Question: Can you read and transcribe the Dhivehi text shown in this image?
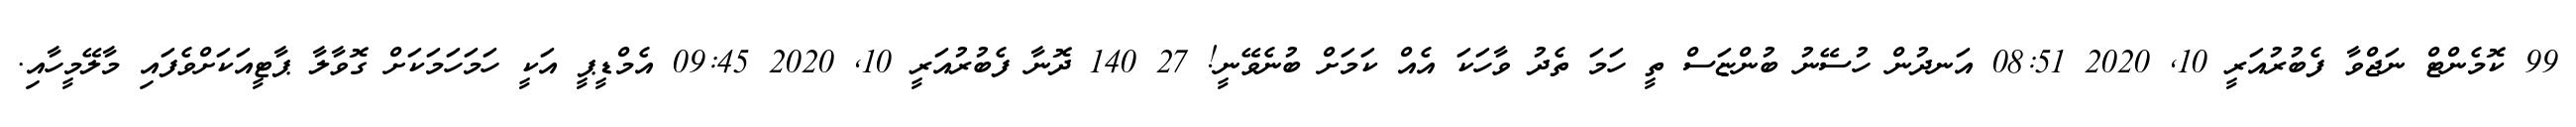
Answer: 99 ކޮމެންޓް ނަޖްވާ ފެބުރުއަރީ 10, 2020 08:51 އަނދުން ހުސޭނު ބުންޏަސް ތީ ހަމަ ތެދު ވާހަކަ އެއް ކަމަށް ބުނެވޭނީ! 27 140 ދޮނާ ފެބުރުއަރީ 10, 2020 09:45 އެމްޑީޕީ އަކީ ހަމަހަމަކަށް ގޮވާލާ ޕާޓީއަކަށްވެފައި މާލޭމީހާއި.